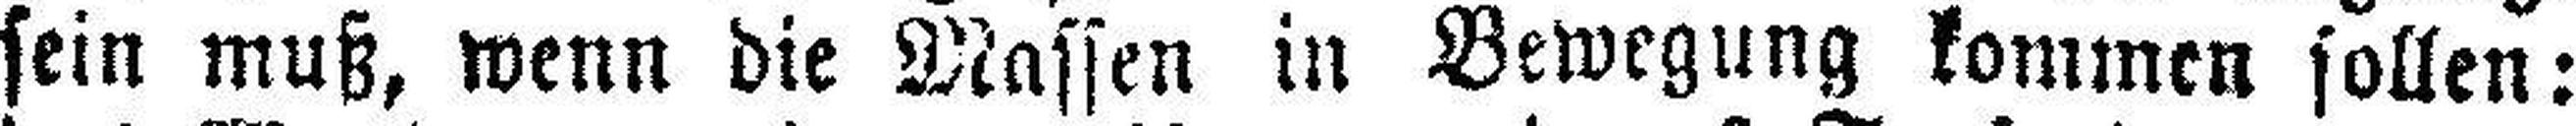
sein muß, wenn die Massen in Bewegung kommen sollen: